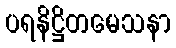
ပရနိဋ္ဌိတမေသနာ